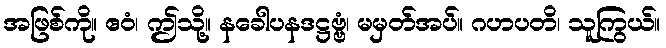
အဖြစ်ကို။ ဧဝံ၊ ဤသို့။ နခေါပနဒဋ္ဌဗ္ဗံ၊ မမှတ်အပ်။ ဂဟပတိ၊ သူကြွယ်။